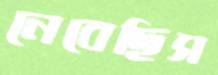
নেবেছিস